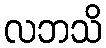
လဘသိ